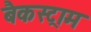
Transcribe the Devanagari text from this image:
बैकस्ट्राम